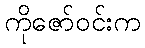
ကိုဇော်ဝင်းက